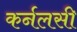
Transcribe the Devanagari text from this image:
कर्नलसी